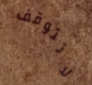
لاتتوقف